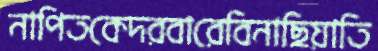
নাপিতকেদরবারেবিনাছিয়াতি